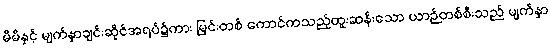
မိမိနှင့် မျက်နှာချင်းဆိုင်အရပ်၌ကား မြင်းတစ် ကောင်ကသည့်ထူးဆန်းသော ယာဉ်တစ်စီးသည် မျက်နှာ